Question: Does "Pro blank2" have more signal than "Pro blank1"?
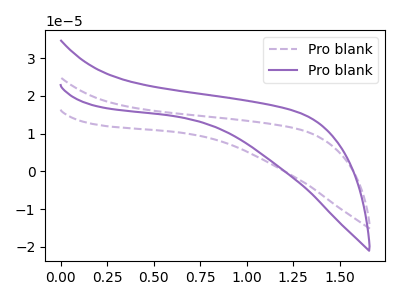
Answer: <think>The purple dashed curve "Pro blank1" has no peaks. The purple curve "Pro blank2" has no peaks.
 Neither "Pro blank2" or "Pro blank1" have any peaks.</think>
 <answer>I cant tell if "Pro blank2" or "Pro blank1" has more signal.</answer>
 <eval>mixed_signal</eval>